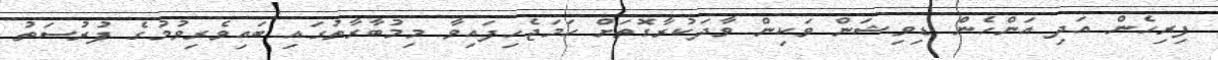
ފިރިހެން އަދި އަންހެން ޑިވިޝަން ވަކިން ވާދަކުރާގޮތަށް ހަމަޖެހިފައިވާ މިމުބާރާތުގައި ބައިވެރިވުމުގެ ފުރުސަތު